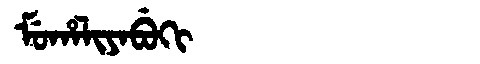
Manchu: ᠮᡠᡥᠠᠯᡳᠶᠠᠪᡠᡴᡳ
Romanization: MUHALIYABUKI